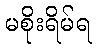
မစိုးရိမ်ရ